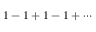
1 - 1 + 1 - 1 + \cdots